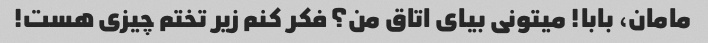
مامان، بابا! میتونی بیای اتاق من؟ فکر کنم زیر تختم چیزی هست!